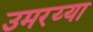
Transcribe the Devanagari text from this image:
उमरय्या